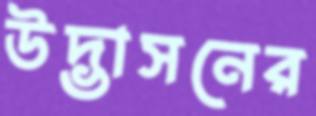
উদ্ভাসনের